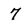
Character: 7